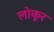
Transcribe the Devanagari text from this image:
लोकूर